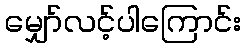
မျှော်လင့်ပါကြောင်း